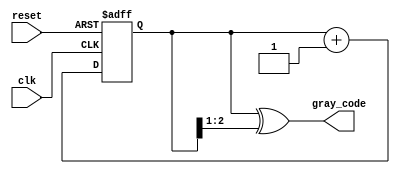
module gray_code_async_counter (
    input wire clk,          // Clock signal
    input wire reset,        // Asynchronous reset signal
    output reg [n-1:0] gray_code // Output Gray code
);
    parameter n = 3; // Number of bits for the counter

    // Internal signals for the binary count
    reg [n-1:0] binary_count;

    // Convert binary count to Gray code
    function [n-1:0] binary_to_gray;
        input [n-1:0] binary;
        begin
            binary_to_gray = binary ^ (binary >> 1);
        end
    endfunction

    // Asynchronous reset and counting logic
    always @(posedge clk or posedge reset) begin
        if (reset) begin
            binary_count <= 0; // Reset binary count to 0
        end else begin
            // Increment binary count
            binary_count <= binary_count + 1;
        end
    end

    // Update Gray code output based on binary count
    always @(*) begin
        gray_code = binary_to_gray(binary_count);
    end

endmodule